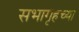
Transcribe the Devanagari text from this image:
सभागृहच्या